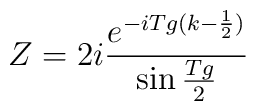
Z = 2 i \frac{e^{- i T g (k - \frac{1}{2})}}{\sin \frac{T g}{2}}